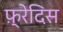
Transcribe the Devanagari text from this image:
फ़्रेदिस